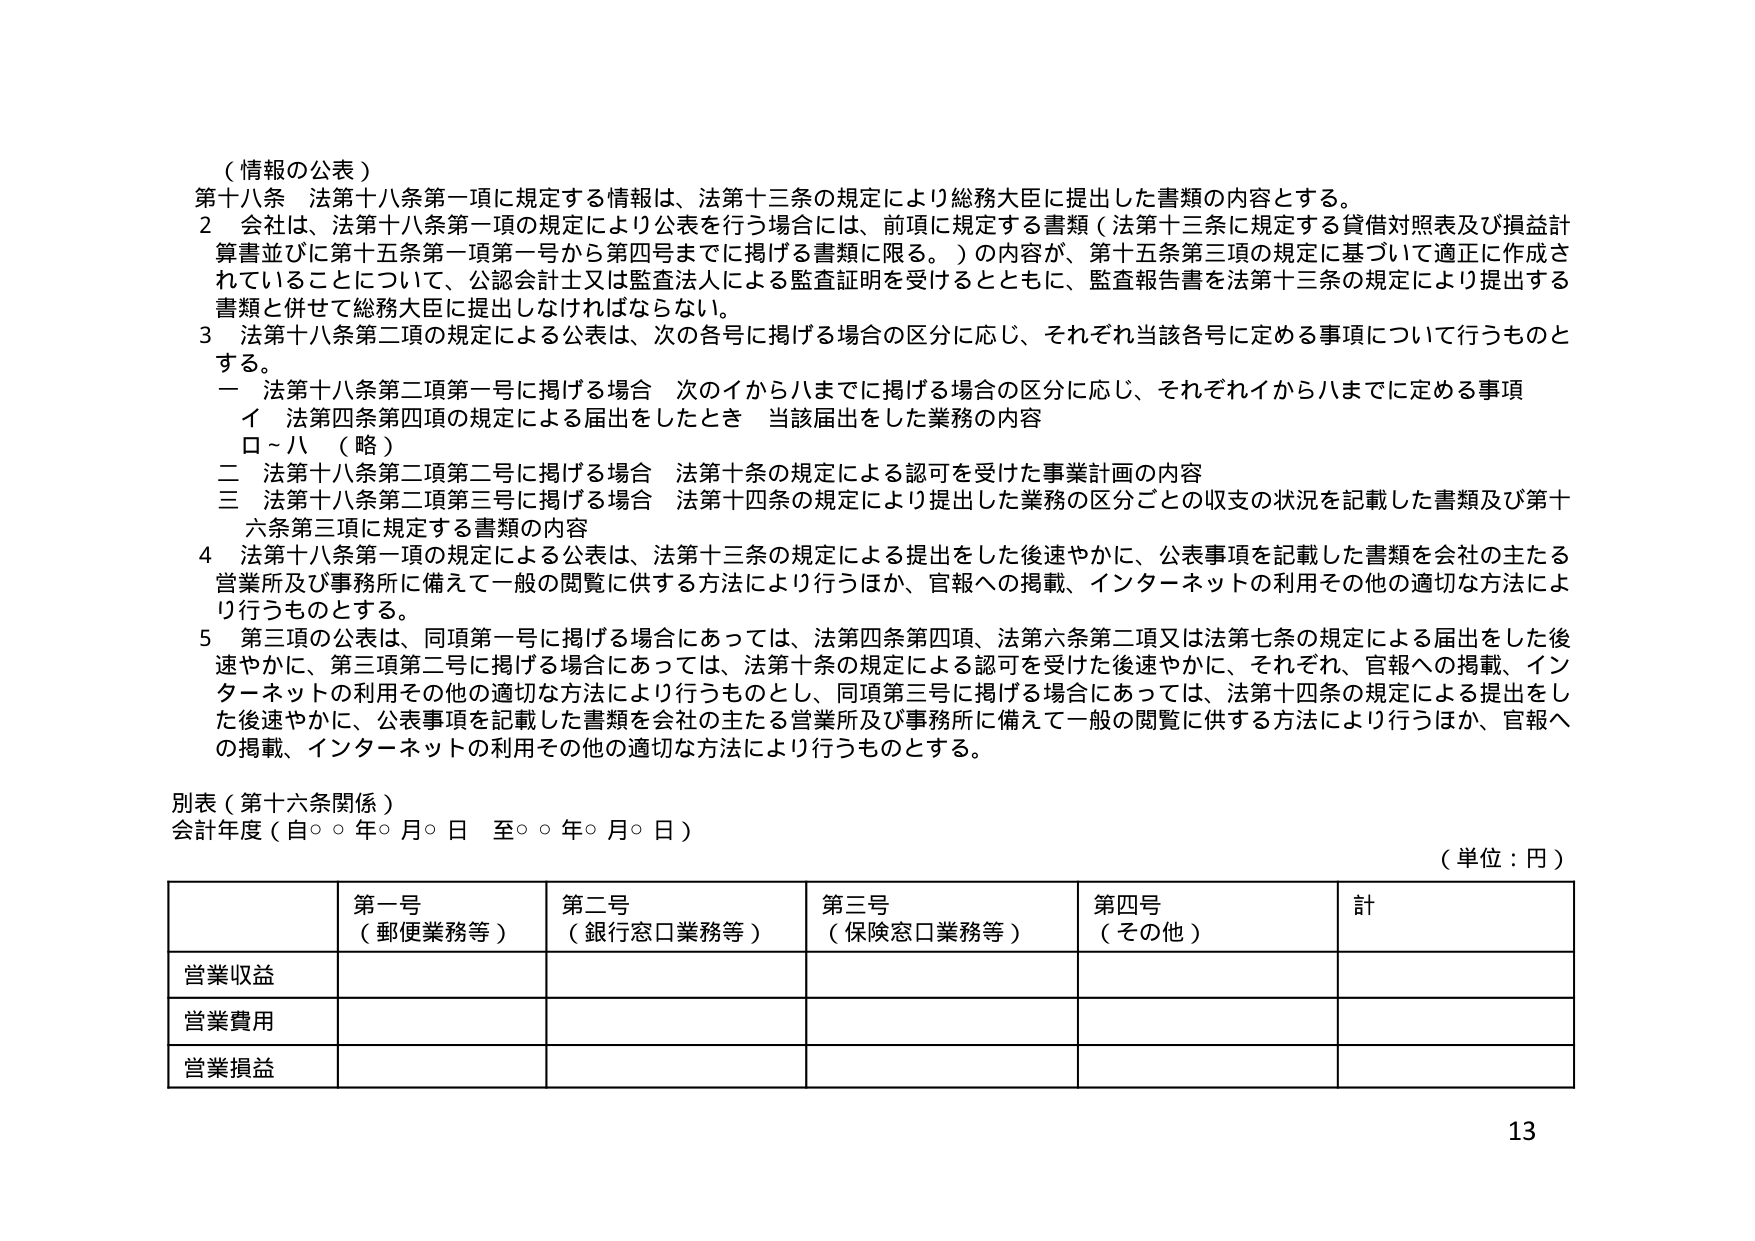
（情報の公表）

第十八条 法第十八条第一項に規定する情報は、法第十三条の規定により総務大臣に提出した書類の内容とする。

２ 会社は、法第十八条第一項の規定により公表を行う場合には、前項に規定する書類（法第十三条に規定する貸借対照表及び損益計算書並びに第十五条第一項第一号から第四号までに掲げる書類に限る。）の内容が、第十五条第三項の規定に基づいて適正に作成されていることについて、公認会計士又は監査法人による監査証明を受けるとともに、監査報告書を法第十三条の規定により提出する書類と併せて総務大臣に提出しなければならない。

３ 法第十八条第二項の規定による公表は、次の各号に掲げる場合の区分に応じ、それぞれ当該各号に定める事項について行うものとする。

　一 法第十八条第二項第一号に掲げる場合 次のイからハまでに掲げる場合の区分に応じ、それぞれイからハまでに定める事項

　　　イ 法第四条第四項の規定による届出をしたとき 当該届出をした業務の内容

　　　ロ～ハ （略）

　二 法第十八条第二項第二号に掲げる場合 法第十条の規定による認可を受けた事業計画の内容

　三 法第十八条第二項第三号に掲げる場合 法第十四条の規定により提出した業務の区分ごとの収支の状況を記載した書類及び第十六条第三項に規定する書類の内容

４ 法第十八条第一項の規定による公表は、法第十三条の規定による提出をした後速やかに、公表事項を記載した書類を会社の主たる営業所及び事務所に備えて一般の閲覧に供する方法により行うほか、官報への掲載、インターネットの利用その他の適切な方法により行うものとする。

５ 第三項の公表は、同項第一号に掲げる場合にあっては、法第四条第四項、法第六条第二項又は法第七条の規定による届出をした後速やかに、第三項第二号に掲げる場合にあっては、法第十条の規定による認可を受けた後速やかに、それぞれ、官報への掲載、インターネットの利用その他の適切な方法により行うものとし、同項第三号に掲げる場合にあっては、法第十四条の規定による提出をした後速やかに、公表事項を記載した書類を会社の主たる営業所及び事務所に備えて一般の閲覧に供する方法により行うほか、官報への掲載、インターネットの利用その他の適切な方法により行うものとする。

別表（第十六条関係）

会計年度（自○○年○月○日 至○○年○月○日）

（単位：円）

| | 第一号 （郵便業務等） | 第二号 （銀行窓口業務等） | 第三号 （保険窓口業務等） | 第四号 （その他） | 計 |
|---|---|---|---|---|---|
| 営業収益 | | | | | |
| 営業費用 | | | | | |
| 営業損益 | | | | | |

13